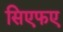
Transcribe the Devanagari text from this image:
सिएफए